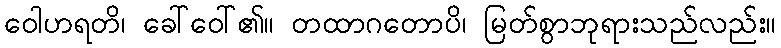
ဝေါဟရတိ၊ ခေါ်ဝေါ်၏။ တထာဂတောပိ၊ မြတ်စွာဘုရားသည်လည်း။